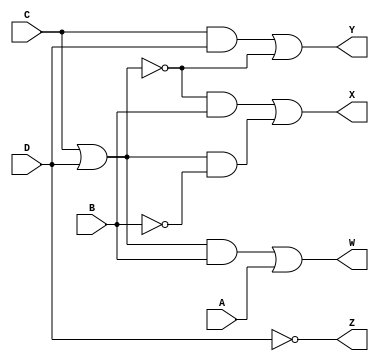
module BCDToExcess3(A, B, C, D, W, X, Y, Z);
    input A, B, C, D;
    output W, X, Y, Z;
    wire e1, e2, e3, e4, e5, e6, e7;

    not (Z, D);
    and (e1, C, D);
    or (e2, C, D);
    not (e3, e2);
    or (Y, e1, e3);
    and (e4, e3, B);
    not (e5, B);
    and (e6, e2, e5);
    or (X, e4, e6);
    and (e7, e2, B);
    or (W, e7, A);
    
endmodule // BCDToExcess3

module tb_BCDToExcess3;
    reg [3:0] D;
    wire W, X, Y, Z;
    BCDToExcess3 converter (D[3], D[2], D[1], D[0], W, X, Y, Z);

    initial begin
        D = 4'b0000;
        repeat(16)
            #10 D = D + 1'b1; 
    end

    initial begin
        $monitor("%d : %b%b%b%b -> %b%b%b%b", D, D[3], D[2], D[1], D[0], W, X, Y, Z);
    end
    always @(D) begin
        $monitor("%d : %b%b%b%b -> %b%b%b%b", D, D[3], D[2], D[1], D[0], W, X, Y, Z);
    end
endmodule // tb_BCDToExcess3